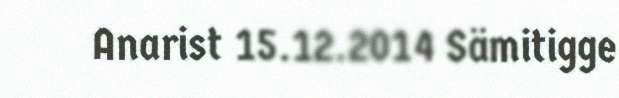
Anarist 15.12.2014 Sämitigge